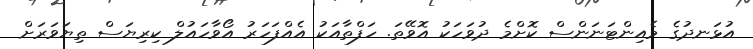
އުޅަނދުގެ މެއިންޓަނަންސް ކޮށްމެ ދުވަހަކު އޮވޭތަ. ހަފްތާއަކު އެއްފަހަރު އޯވާހައުލް ކިރިޔަސް ތިޔަވަރަށް